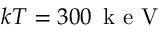
k T = 3 0 0 \, \mathrm { ~ k ~ e ~ V ~ }